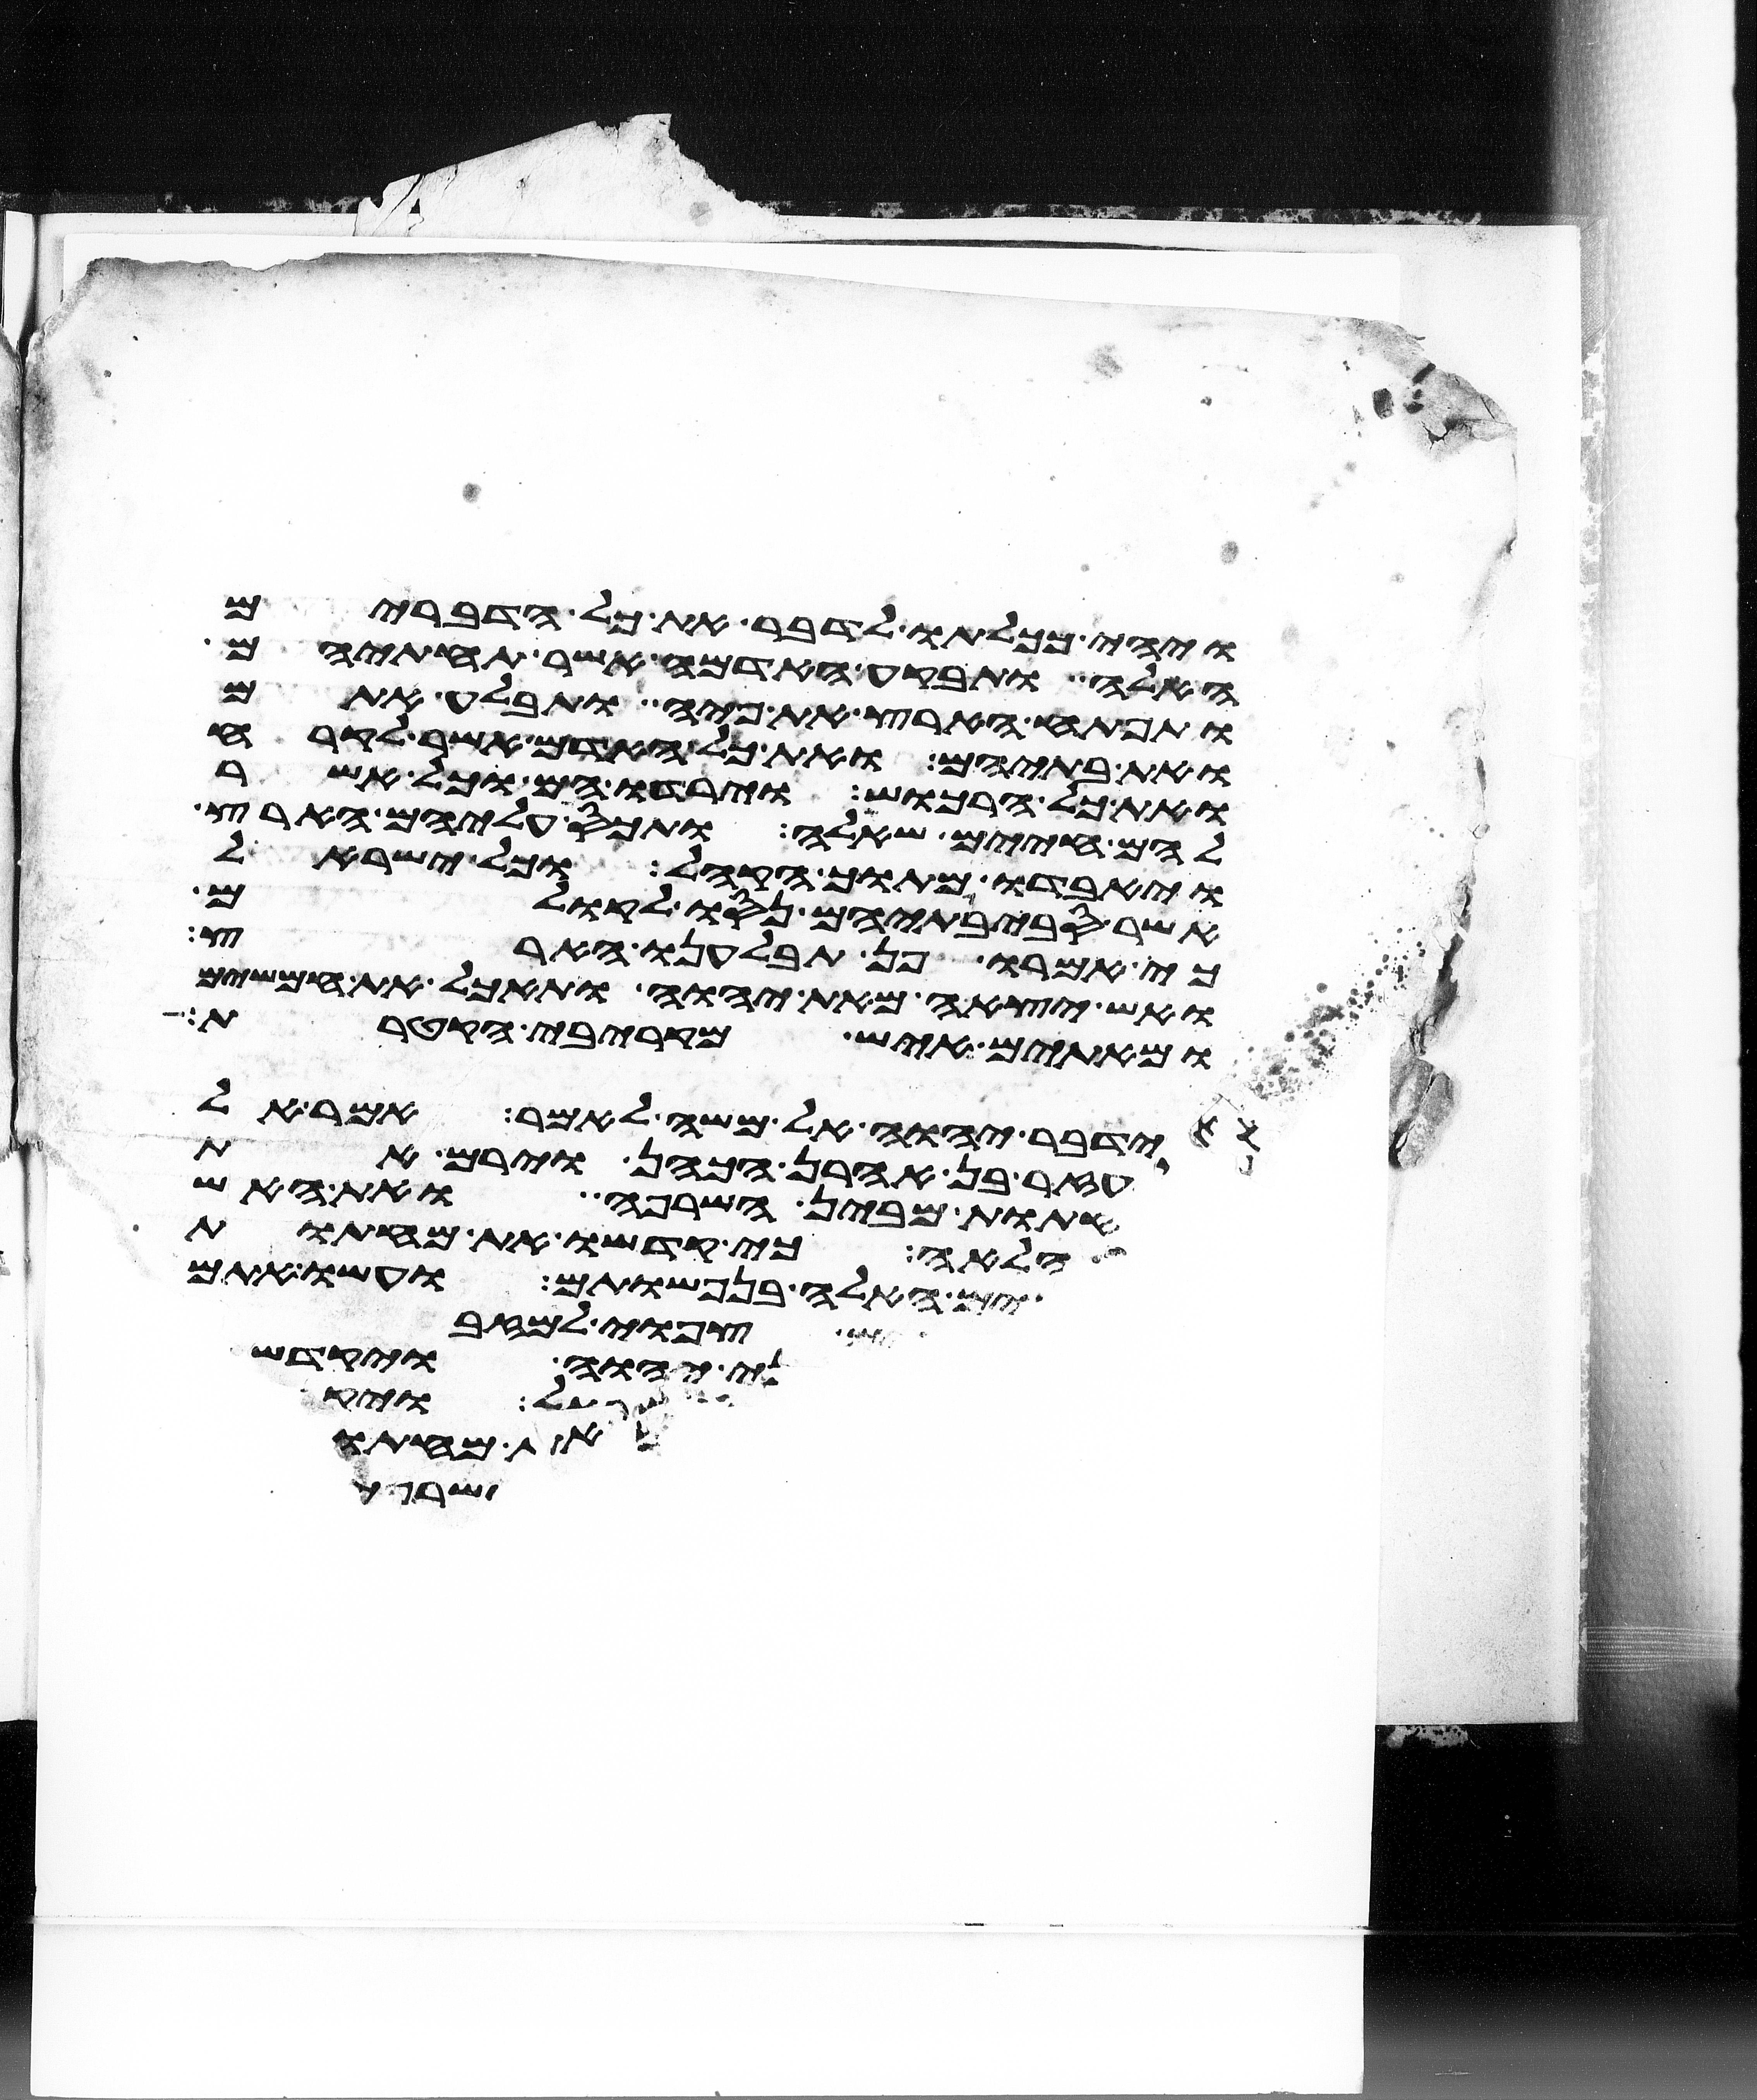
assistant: ויהי ככלותו לדבר את כל הדברים
האלה ותבקע האדמה אשר תחתיהם
ותפתח הארץ את פיה ותבלע אתם
ואת בתיהם ואת כל האדם אשר לקרח
ואת כל הרכוש וירדו הם וכל אשר
להם חיים שאלה ותכס עליהם הארץ
ויאבדו מתוך הקהל וכל ישראל
אשר סביבתיהם נסו לקולם
כי אמרו פן תבלענו הארץ
ואש יצאה מאת יהוה ותאכל את חמשים
ומאתים איש מקרבי הקטרת
וידבר יהוה אל משה לאמר אמר אל
אלעזר בן אהרן הכהן וירם את
המחתות מבין השרפה ואת האש
הלאה כי קדשו את מחתות
האלה בנפשותם ועשו אתם
צפואי למזבח
לפני יהוה ויקדשו
שלה והיא
את מנחתו
שרי